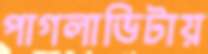
পাগলাভিটায়